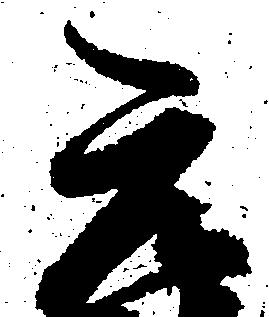
元